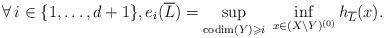
LaTeX: \begin{align*}\forall\,i\in\{1,\ldots,d+1\},e_i(\overline L)=\sup_{\begin{subarray}{c} \\\operatorname{codim}(Y)\geqslant i\end{subarray}}\;\inf_{x\in (X\setminus Y)^{(0)}}h_{\overline L}(x).\end{align*}